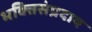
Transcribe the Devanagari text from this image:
भक्तिसंप्रदाय